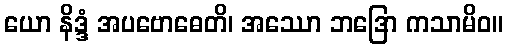
ယော နိဒ္ဒံ အပဗောဓေတိ၊ အဿော ဘဒြော ကသာမိဝ။